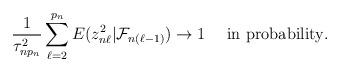
LaTeX: \begin{align*}\frac{1}{\tau_{np_n}^2}\sum^{p_n}_{\ell=2}E(z_{n\ell}^2|\mathcal{F}_{n(\ell-1)})\to 1~~~\mbox{ in probability}.\end{align*}